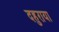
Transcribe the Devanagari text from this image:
दहुराया